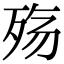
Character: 殇